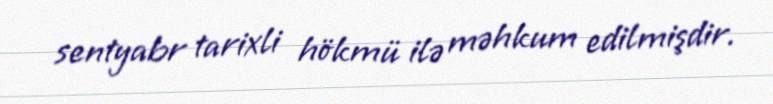
sentyabr tarixli hökmü ilə məhkum edilmişdir.